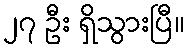
၂၇ ဦး ရှိသွားပြီ။